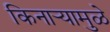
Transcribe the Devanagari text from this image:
किनार्‍यामुळे